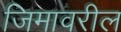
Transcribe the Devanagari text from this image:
जिमावरील